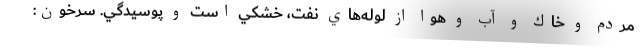
مردم و خاك و آب و هوا از لوله‌هاي نفت، خشكي است و پوسيدگي. سرخون: